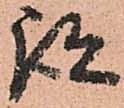
跡